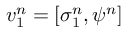
\boldsymbol { v } _ { 1 } ^ { n } = \left[ \sigma _ { 1 } ^ { n } , \psi ^ { n } \right]